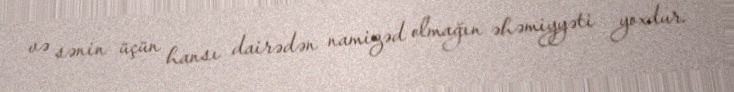
və sənin üçün hansı dairədən namizəd olmağın əhəmiyyəti yoxdur.